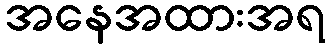
အနေအထားအရ